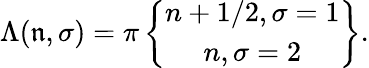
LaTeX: \Lambda(\mathfrak{n},\sigma)=\pi\left\{ \begin{array}{c}{{n+1/2,\sigma=1}}\\ {{n,\sigma=2}}\end{array}\right\} .